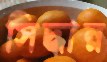
সিদ্ধান্ন